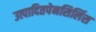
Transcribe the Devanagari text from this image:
उत्पादितपेनसिलिंस